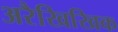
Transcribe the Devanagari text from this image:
अरैखिखिक